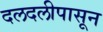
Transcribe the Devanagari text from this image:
दलदलीपासून